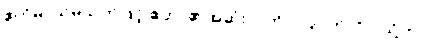
ဧတိမာသမိသုတ်ဖြင့် ဧတာ၏အဆုံး -ါ ကို -ိ ပြု, တ်ကို -ိ သို့ကပ်